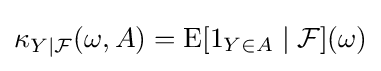
\kappa _{Y\mid {\mathcal {F}}}(\omega ,A)=\operatorname {E} [1_{Y\in A}\mid {\mathcal {F}}](\omega )